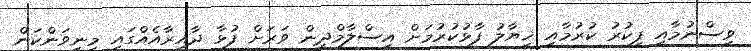
ވިސްނުމާއި ފިކުރު ކުރުމާއި ޚިޔާލު ފާޅުކުރުމަށް އިސްލާމްދީން ވަރަށް ފުޅާ ދާއިރާއެއްގައި މިނިވަންކަން